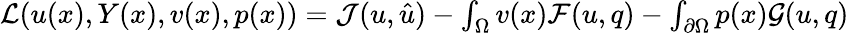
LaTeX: \begin{array}{r}{\mathcal{L}(u(x),Y(x),v(x),p(x))=\mathcal{J}(u,\hat{u})-\int_{\Omega}v(x)\mathcal{F}(u,q)-\int_{\partial\Omega}p(x)\mathcal{G}(u,q)}\end{array}